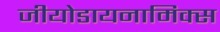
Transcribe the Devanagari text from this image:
जीयोडायनामिक्‍स